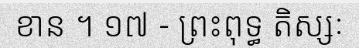
ខាន ។ ១៧ - ព្រះពុទ្ធ តិស្សៈ